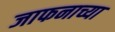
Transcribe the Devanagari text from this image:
जाफनाच्या